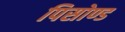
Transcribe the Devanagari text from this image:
पिसोण्ड